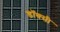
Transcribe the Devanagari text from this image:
डॉक्सी